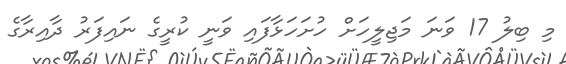
މި ބިލު 17 ވަނަ މަޖިލީހަށް ހުށަހަޅާފައި ވަނީ ކުރީގެ ނައިފަރު ދާއިރާގެ